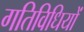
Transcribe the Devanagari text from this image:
गतिविधियों